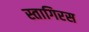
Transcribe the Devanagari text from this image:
स्तागिरस